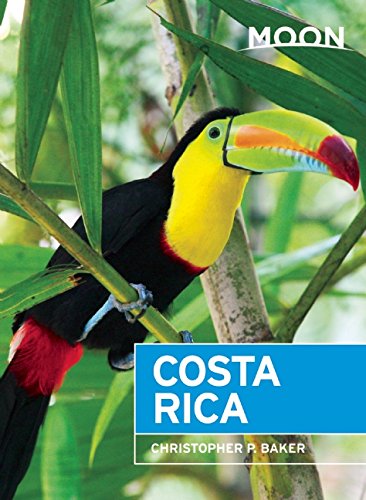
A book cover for Moon Costa Rica (Moon Handbooks); Christopher P. Baker; Travel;